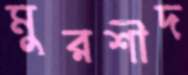
মুরশীদ